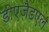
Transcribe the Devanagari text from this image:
डीएजैडएल